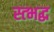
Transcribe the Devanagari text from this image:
स्त्भद्ध